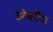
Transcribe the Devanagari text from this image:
अंबरीय